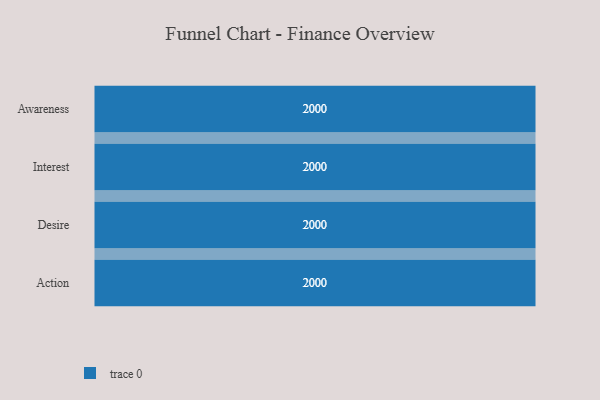
{"axis": {"x": "Stage", "y": "Value"}, "legend": [""], "data": [{"x": "Awareness", "y": 2000, "type": ""}, {"x": "Interest", "y": 2000, "type": ""}, {"x": "Desire", "y": 2000, "type": ""}, {"x": "Action", "y": 2000, "type": ""}]}